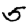
Digit: 5